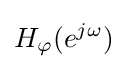
H_{\varphi }(e^{j\omega })